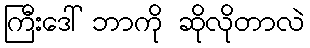
ကြီးဒေါ် ဘာကို ဆိုလိုတာလဲ